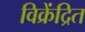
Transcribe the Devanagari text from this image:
विक्रेंद्रित